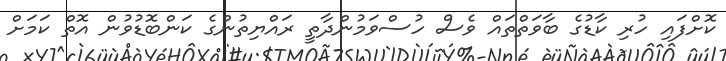
ކޮށްފައި ހުރި ކާޑުގެ ބާވަތްތައް ވެސް ހުސްވަމުންދާތީ ރައްޔިތުންގެ ކަންބޮޑުވުން އޮތް ކަމަށް